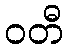
ဝတီ